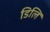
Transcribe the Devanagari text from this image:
डिलि